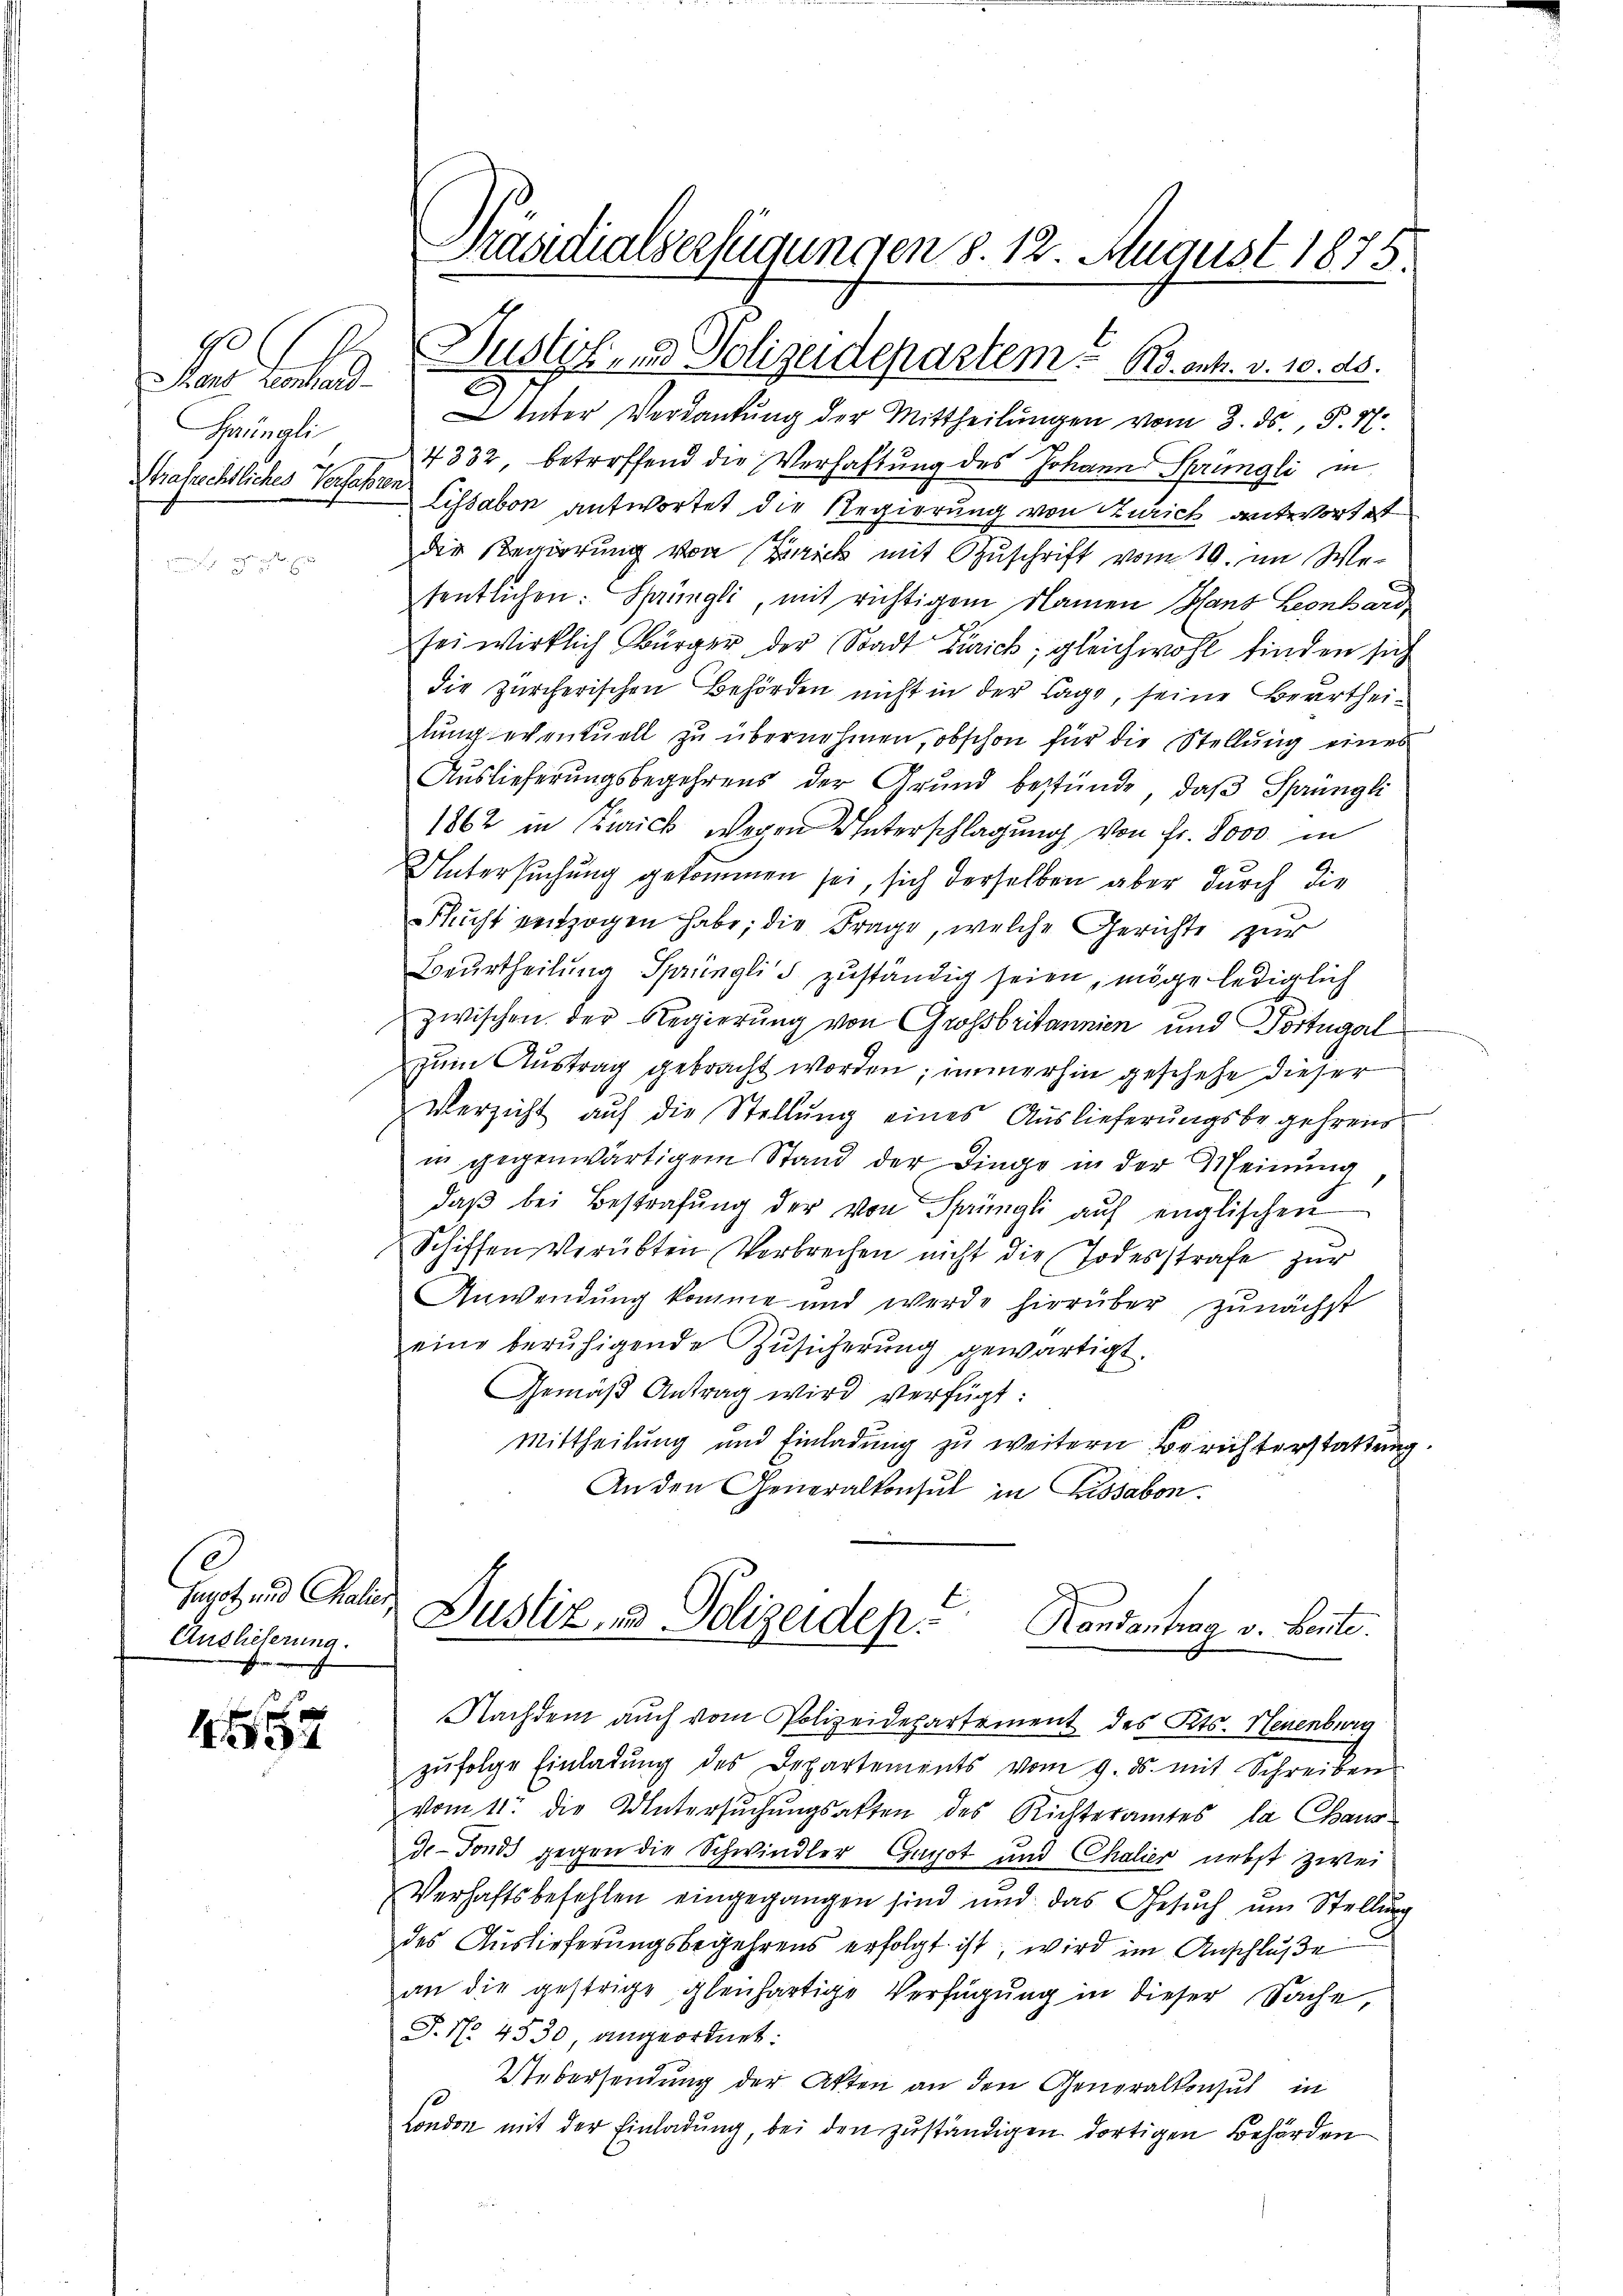
10
E
Rand Leonhard-
Geringlic
Strafrechtliches Verfahren.

Hagot und Chalien
Auslieferung.
.

1

Präsidialverfügungen S. 12. August 1875.

Inter Verdankung der Mittheilungen vom 3. ds., S. N.
4332 betreffend die Verhaftung des Johann Sprüngli in
Lissabon antwortet die Regierung von Zürich antwort ist
die Regierung von Brick mit Zuschrift vom 10. im Wer
sentlichen: Sprüngli, mit richtigem Namen Hans Leonhard,
sei wirklich Bürger der Stadt Zürich, gleichwohl finden sich
die zürcherischen Behörden nicht in der Lage, seine Beurtheilung eventuell zu übernehmen, obschon für die Stellung eines
Aŭslieferŭngsbegehrens der Grŭnd bestünde, daβ Sprüngli
1862 in Zwick wegen Unterschlagung von fr. 8000 in
Untersuchung gekommen sei, sich derselben aber durch die
lucht rentzogen habe; die Frage, welche Gerichte zur
Beurtheilung Sprüngli zuständig seien, möge lediglich
zwischen der Regierung von Grossbritannien und Portugal
zum Austrag gebracht worden; immerhin geschehe dieser
Verzicht auf die Stellung eines Auslieferungsbegehrens
in gegenwärtigem Stand der Dinge in der Meinung
daβ bei Bestrafŭng der von Sprüngli aŭf englischen
Schiffen verübten Verbrechen nicht die Todesstrafe zur
Anwendung komme und werde hierüber zunächst
eine beruhigende Zusicherung gewärtigt.
Gemäß Antrag wird verfügt:
Mittheilung und Einladung zu weitern Berichterstattung
An den Generalkonsul in Cassabon.
Justiz und Polizeidep
Handantrag v. Bente.
Nachdem auch vom Polizeidepartement des Kts. Neuenburg
zufolge Einladung des Departements vom 9. ds. mit Schreiben
vom 11. die Untersŭchŭngsakten des Richteramtes, la Chaus
de-Fonds gegen die Schwindler Gapot und Chalier nebst zwei
Verhaftsbefehlen eingegangen sind und das Gesŭch ŭm Stellŭng
des Auslieferungsbegehrens erfolgt ist, wird im Anschluße
an die gestrige gleichartige Verfügŭng in dieser Sache,
J. No 4530, angeordnet:
Uebersendung der Akten an den Generalkonsul in
London mit der Einladung, bei den zuständigen dortigen Behörden

Justiz- und Polizeidepartem Ro. ents. v. 10. ds.